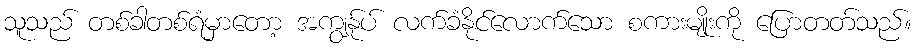
သူသည် တစ်ခါတစ်ရံမှာတော့ အကျွန်ုပ် လက်ခံနိုင်လောက်သော စကားမျိုးကို ပြောတတ်သည်။